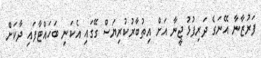
ފަރުޒާނާ އޭނަގެ ދަރިފުޅު ޖީނާ އަށް އިތުބާރުކުރިޔަސް ގޭގައި އެކަނި ބަހައްޓާފައި ދާކަށް